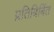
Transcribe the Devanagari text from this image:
प्रतिबिबिंत